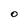
Character: O